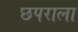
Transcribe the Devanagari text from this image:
छपराला